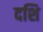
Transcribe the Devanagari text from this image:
दशि